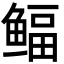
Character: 鲾